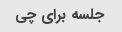
جلسه برای چی